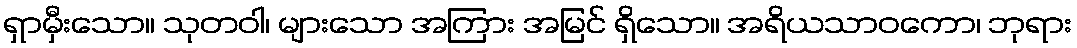
ရှာမှီးသော။ သုတဝါ၊ များသော အကြား အမြင် ရှိသော။ အရိယသာဝကော၊ ဘုရား